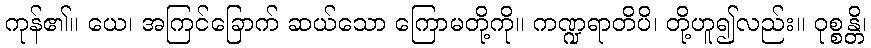
ကုန်၏။ ယေ၊ အကြင်ခြောက် ဆယ်သော ကြောမတို့ကို။ ကဏ္ဍရာတိပိ၊ တို့ဟူ၍လည်း။ ဝုစ္စန္တိ၊